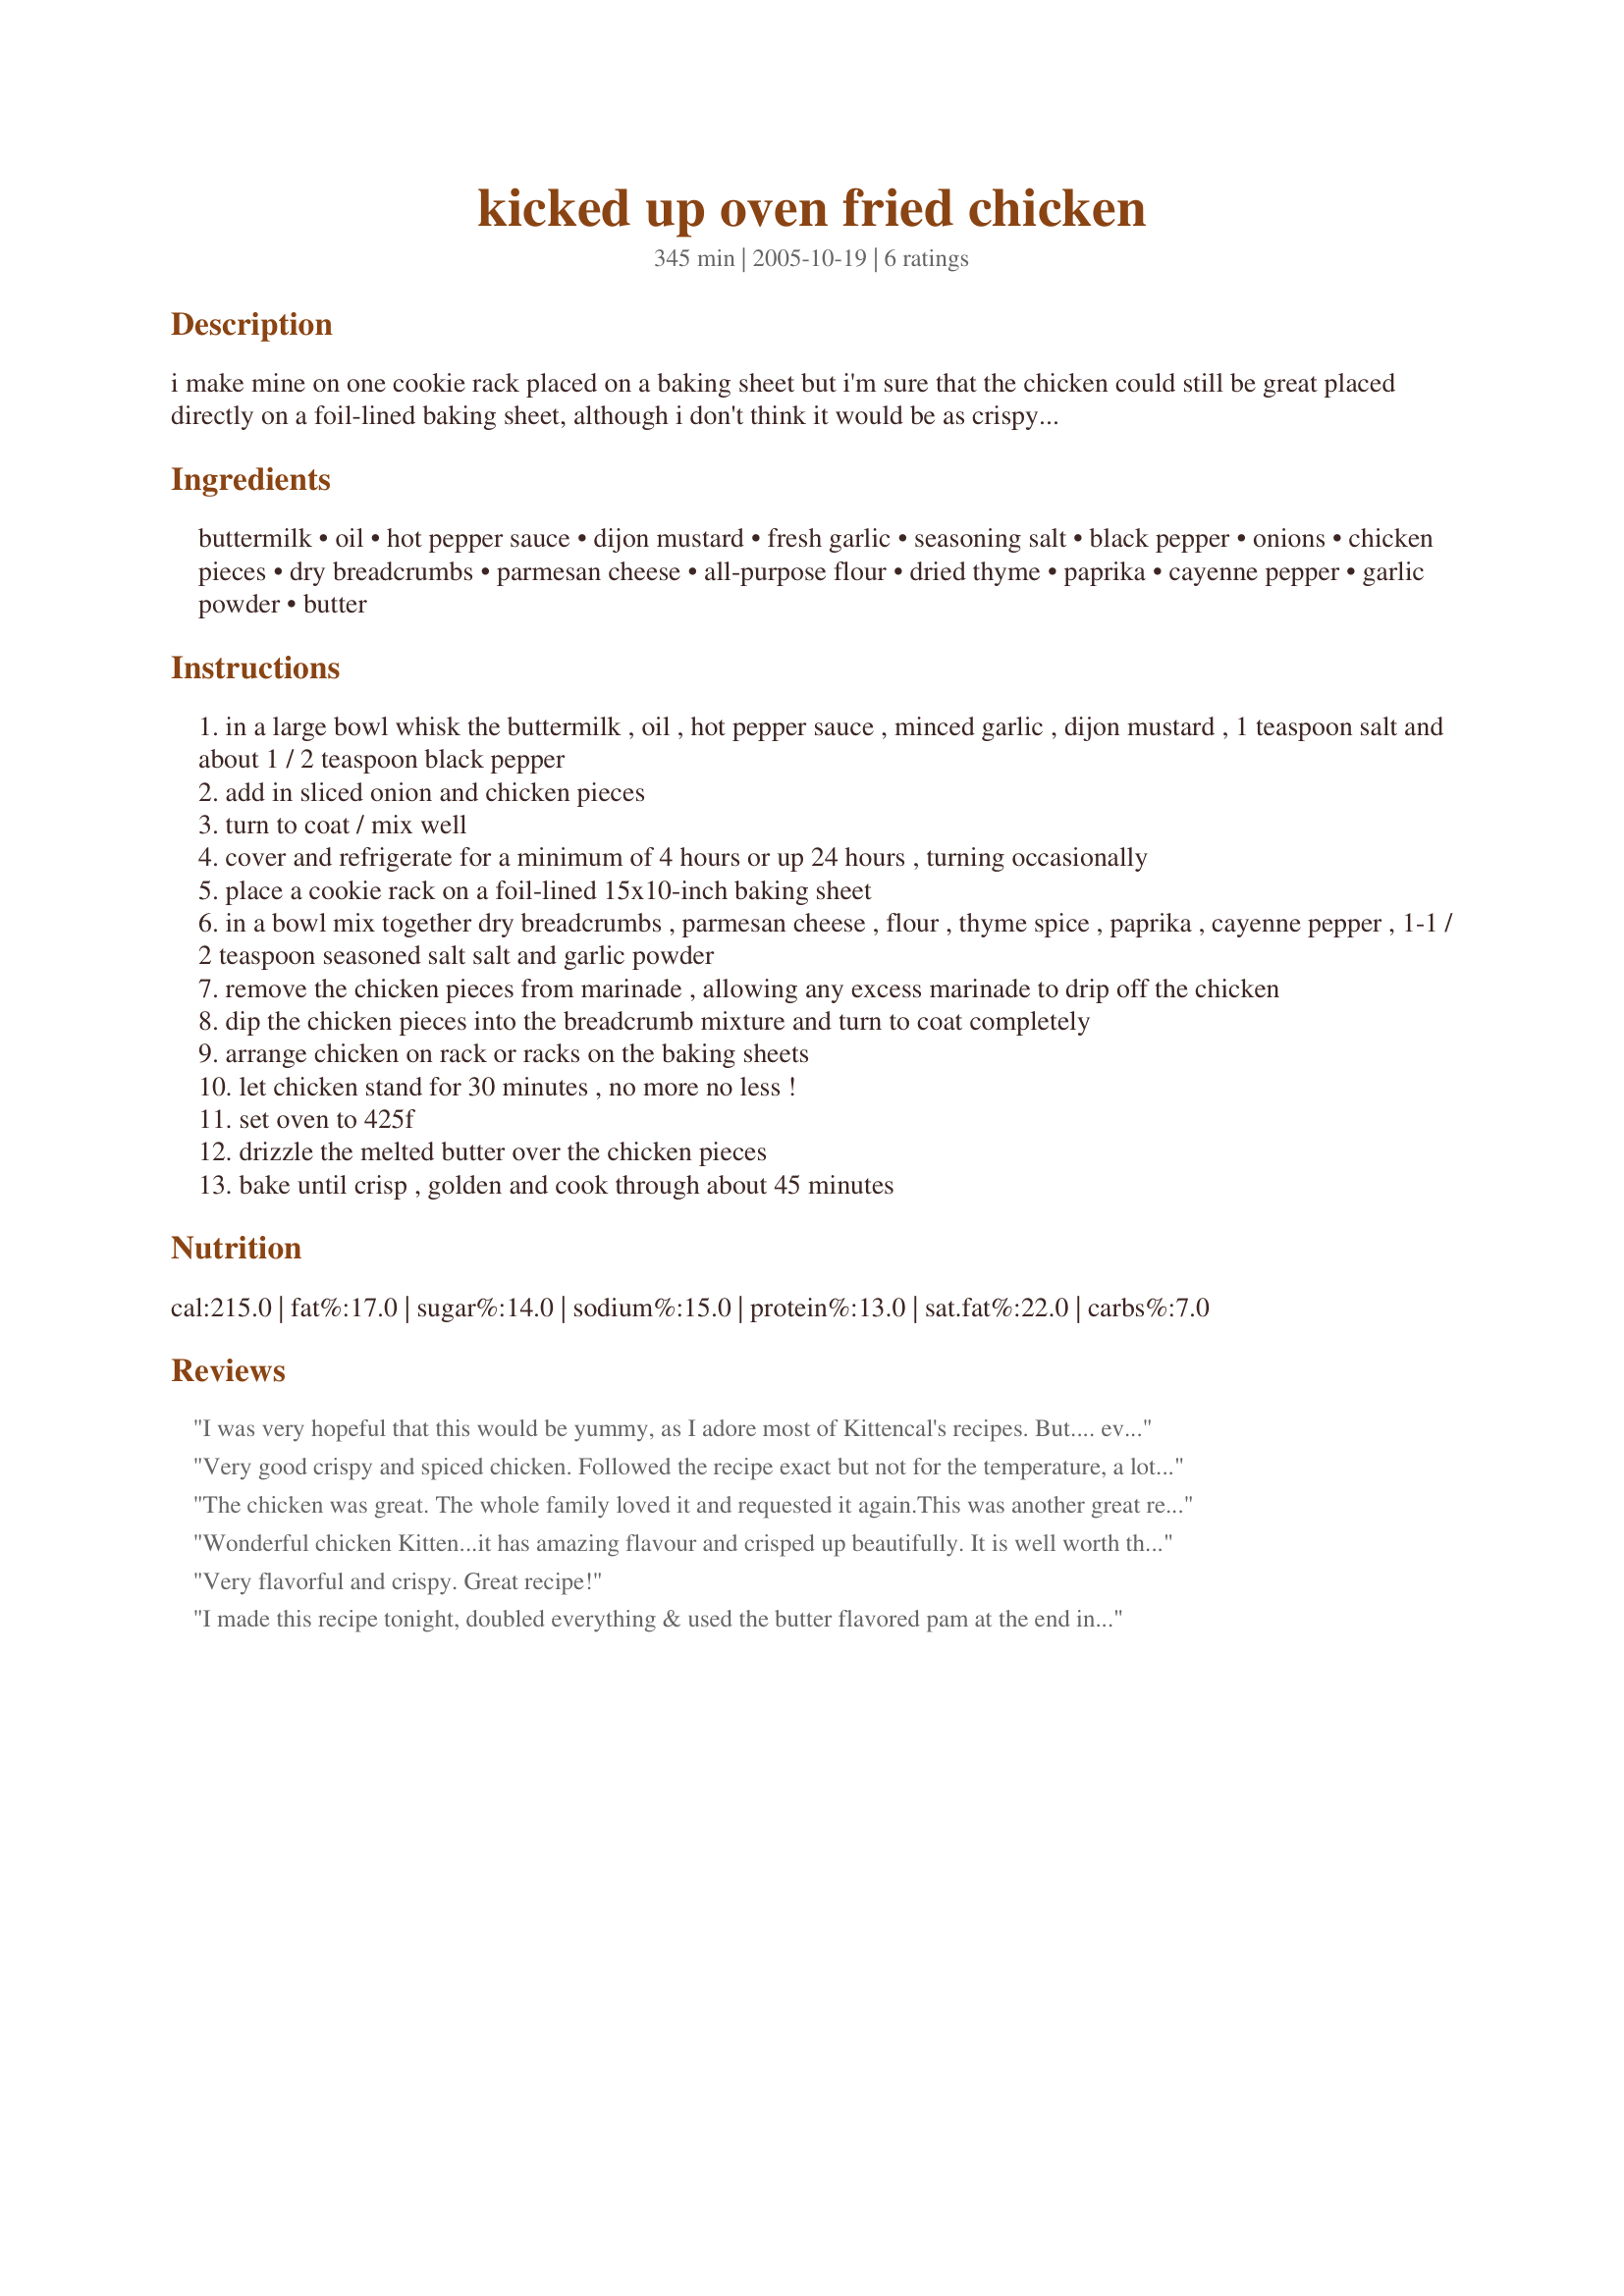
kicked up oven fried chicken
Preparation time: 345 minutes

i make mine on one cookie rack placed on a baking sheet but i'm sure that the chicken could still be great placed directly on a foil-lined baking sheet, although i don't think it would be as crispy. plan ahead the chicken needs to soak in the buttermilk for a minimum of 4 hours or overnight. if you like a lot of heat then use 2 tablespoons of hot pepper sauce, or you can omit the hot pepper sauce completely, but i suggest adding it in, it really brings out the kick in this chicken---- you will *love* this recipe, i know my family does! :)

Ingredients:
buttermilk, oil, hot pepper sauce, dijon mustard, fresh garlic, seasoning salt, black pepper, onions, chicken pieces, dry breadcrumbs, parmesan cheese, all-purpose flour, dried thyme, paprika, cayenne pepper, garlic powder, butter

Steps:
in a large bowl whisk the buttermilk , oil , hot pepper sauce , minced garlic , dijon mustard , 1 teaspoon salt and about 1 / 2 teaspoon black pepper
add in sliced onion and chicken pieces
turn to coat / mix well
cover and refrigerate for a minimum of 4 hours or up 24 hours , turning occasionally
place a cookie rack on a foil-lined 15x10-inch baking sheet
in a bowl mix together dry breadcrumbs , parmesan cheese , flour , thyme spice , paprika , cayenne pepper , 1-1 / 2 teaspoon seasoned salt salt and garlic powder
remove the chicken pieces from marinade , allowing any excess marinade to drip off the chicken
dip the chicken pieces into the breadcrumb mixture and turn to coat completely
arrange chicken on rack or racks on the baking sheets
let chicken stand for 30 minutes , no more no less !
set oven to 425f
drizzle the melted butter over the chicken pieces
bake until crisp , golden and cook through about 45 minutes

Reviews:
I was very hopeful that this would be yummy, as I adore most of Kittencal's recipes. But.... even though I made this exactly as written, we didn't like it at all. The thyme overpowered everything. We baked it on a rack as directed but the bottom of the chicken was goopy and gross.
Very good crispy and spiced chicken. Followed the recipe exact but not for the temperature, a lot lower then the 425F. I had potatoes in the oven at 350F and baked the chicken at the same temperature for one hour. It came out very browned, crispy and tender. Will use that temperature again next time since it turned out great this way!
The chicken was great. The whole family loved it and requested it again.This was another great recipe from Kitten cal thanks so much.
Wonderful chicken Kitten...it has amazing flavour and crisped up beautifully. It is well worth the extra effort. I will be making this again often...my dh...declared the chicken excellent and has already requested it be made again for this weekend. I used legs this time, but next time I will make this with breasts, thights and legs. Thanks so much for sharing.
Very flavorful and crispy. Great recipe!
I made this recipe tonight, doubled everything & used the butter flavored pam at the end instead of butter. Because it was 90+ degrees in so. Ca. All day, I cooked it on the b-b-q. Pre-heated for 30 minutes while the chicken "rested" on the racks & cooked it for the 45 min.
It was unbelievable! So moist & the coating was really flavorfull!
Thanks for sharing! This is truly a keeper!
Lani in ca.
